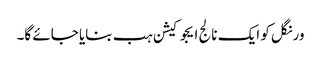
ورنگل کو ایک نالج ایجوکیشن ہب بنایا جائے گا۔